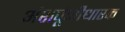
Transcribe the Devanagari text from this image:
अंशपूंजीधारक